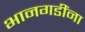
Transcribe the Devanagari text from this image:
भानगडींना